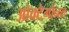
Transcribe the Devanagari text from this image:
ओक्टेगोनल